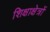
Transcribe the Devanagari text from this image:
शिक्षाक्षेत्रों